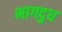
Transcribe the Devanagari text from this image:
भागदुध